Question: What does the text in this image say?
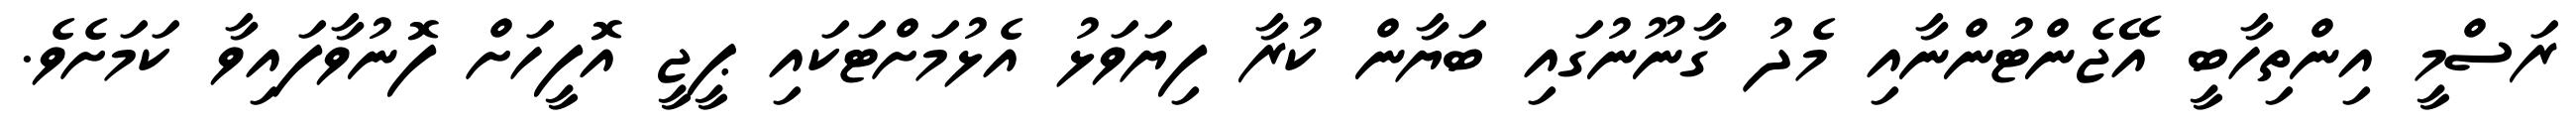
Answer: ރަސްމީ އިންތިހާބީ އޭޖެންޓުންނާއި މެދު ގާނޫނުގައި ބަޔާން ކުރާ ފިޔަވަޅު އެޅުމަށްޓަކައި ޕީޖީ އޮފީހަށް ފޮނުވާފައިވާ ކަމަށެވެ.